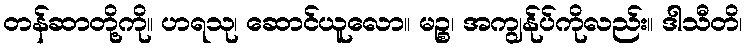
တန်ဆာတို့ကို။ ဟရသု၊ ဆောင်ယူလော။ မဉ္စ၊ အကျွန်ုပ်ကိုလည်း။ ဒါသီတိ၊